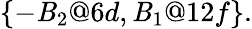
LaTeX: \{ -\mathit{B}_{2}@6d,\mathit{B}_{1}@12f\} .